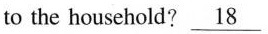
to the household?\underline{18}